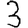
Digit: 3